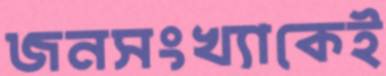
জনসংখ্যাকেই